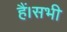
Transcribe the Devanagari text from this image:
हैं।सभी